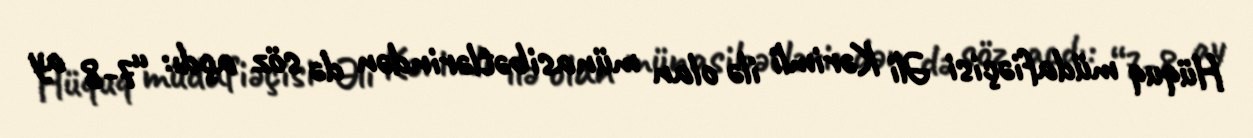
Hüquq müdafiəçisi Əli Kərimli ilə olan münasibətlərindən də söz açdı: “7-8 ay